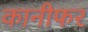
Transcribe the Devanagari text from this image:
कानीफर